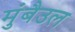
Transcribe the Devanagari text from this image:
मुंबैउल